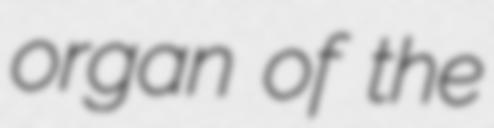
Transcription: organ of the